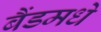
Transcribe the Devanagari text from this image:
बैंडमधे